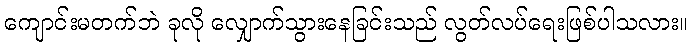
ကျောင်းမတက်ဘဲ ခုလို လျှောက်သွားနေခြင်းသည် လွတ်လပ်ရေးဖြစ်ပါသလား။